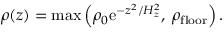
\rho ( z ) = \mathrm { m a x } \left( \rho _ { 0 } \mathrm { e } ^ { - z ^ { 2 } / H _ { z } ^ { 2 } } , \: \rho _ { \mathrm { f l o o r } } \right) .